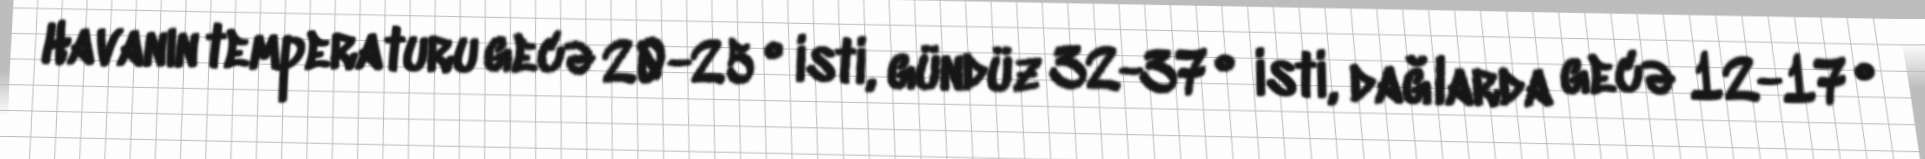
Havanın temperaturu gecə 20-25° isti, gündüz 32-37° isti, dağlarda gecə 12-17°